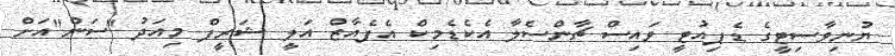
ޔުނިވާސިޓީގެ ޑެޕިއުޓީ ވައިސް ޗާންސެލާ އެކެޑެމިކް އެފެއާޒް އަލީ ޝަރީފް މިއަދު "ސަން"އަށް